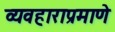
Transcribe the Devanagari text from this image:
व्यवहाराप्रमाणे